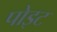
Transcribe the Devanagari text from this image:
पोइट